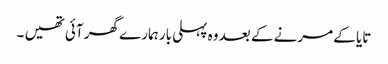
تایا کے مرنے کے بعد وہ پہلی بار ہمارے گھر آئی تھیں ۔